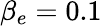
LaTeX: \beta_{e}=0.1